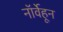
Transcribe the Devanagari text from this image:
नॉर्वेहून